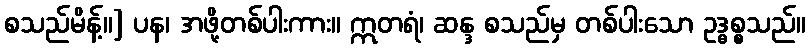
စသည်မိန့်။] ပန၊ အဖို့တစ်ပါးကား။ ဣတရံ၊ ဆန္ဒ စသည်မှ တစ်ပါးသော ဥဒ္ဓစ္စသည်။